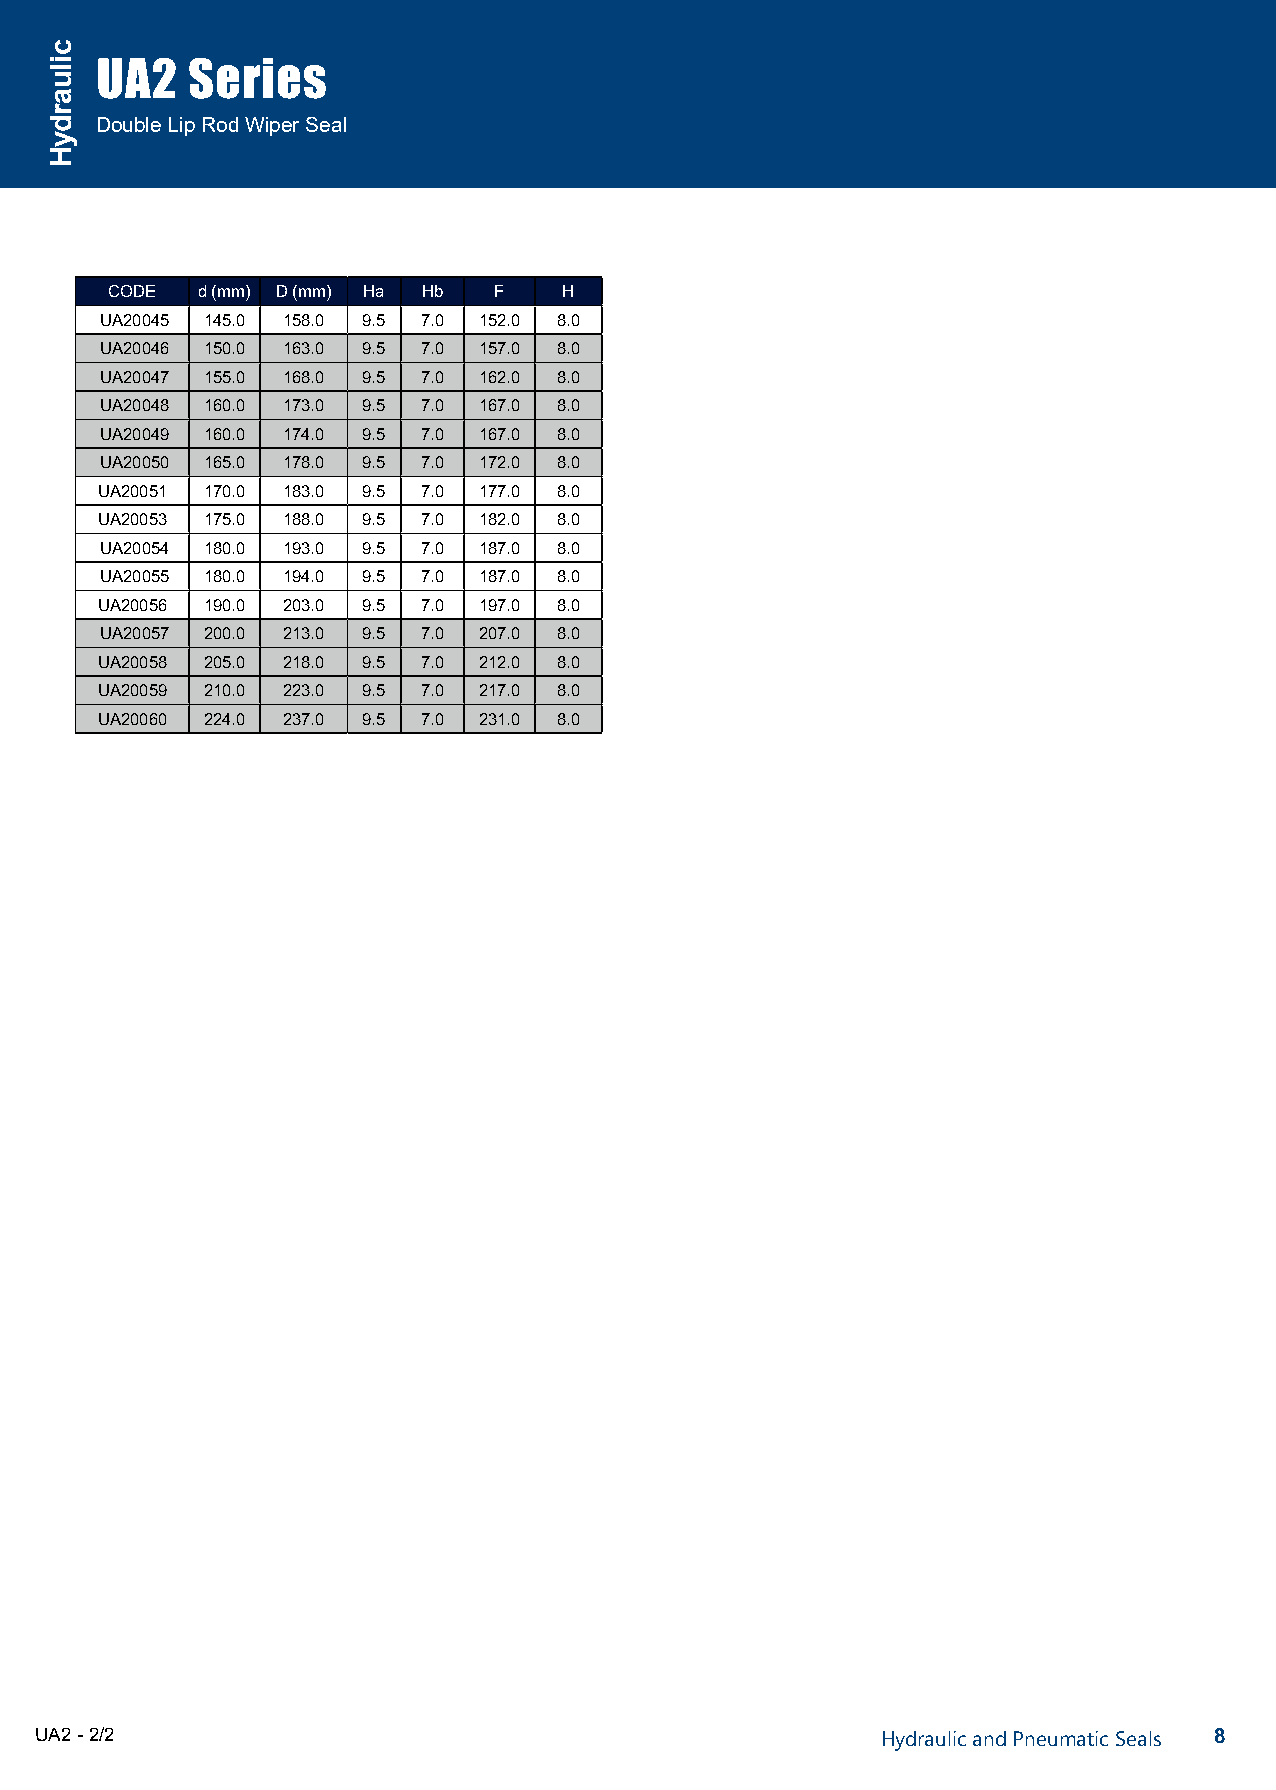
UA2   Series
 Double Lip Rod Wiper Seal
 CODE  d (mm) D (mm) Ha Hb F   H
 UA20045 145.0 158.0 9.5 7.0 152.0 8.0
 UA20046 150.0 163.0 9.5 7.0 157.0 8.0
 UA20047 155.0 168.0 9.5 7.0 162.0 8.0
 UA20048 160.0 173.0 9.5 7.0 167.0 8.0
 UA20049 160.0 174.0 9.5 7.0 167.0 8.0
 UA20050 165.0 178.0 9.5 7.0 172.0 8.0
 UA20051 170.0 183.0 9.5 7.0 177.0 8.0
 UA20053 175.0 188.0 9.5 7.0 182.0 8.0
 UA20054 180.0 193.0 9.5 7.0 187.0 8.0
 UA20055 180.0 194.0 9.5 7.0 187.0 8.0
 UA20056 190.0 203.0 9.5 7.0 197.0 8.0
 UA20057 200.0 213.0 9.5 7.0 207.0 8.0
 UA20058 205.0 218.0 9.5 7.0 212.0 8.0
 UA20059 210.0 223.0 9.5 7.0 217.0 8.0
 UA20060 224.0 237.0 9.5 7.0 231.0 8.0
 UA2 - 2/2                                               Hydraulic and Pneumatic Seals 8
 ciluardyH